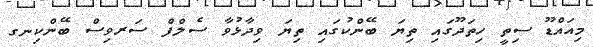
މިއައްޑޫ ސިތީ ހިތަދޫގައި ތިޔަ ބޭންކުގައި ތިޔަ ވިދާޅުވާ ސެލްފް ސަރވިސް ބޭންކިނގ